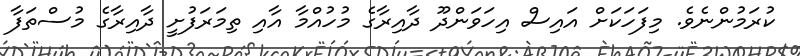
ކުރަމުންނެވެ. މިފަހަކަށް އައިސް އިހަވަންދޫ ދާއިރާގެ މުހުއްމާ އާއި ތިމަރަފުށީ ދާއިރާގެ މުސްތަފާ